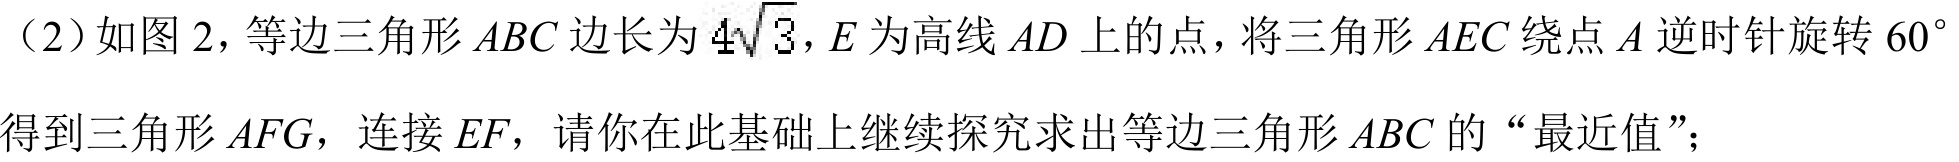
（2）如图 2，等边三角形\(ABC\)边长为\(4\sqrt{3}\)，\(E\)为高线\(AD\)上的点，将三角形\(AEC\)绕点\(A\)逆时针旋转\(60^{\circ}\)得到三角形\(AFG\)，连接\(EF\)，请你在此基础上继续探究求出等边三角形\(ABC\)的“最近值”；